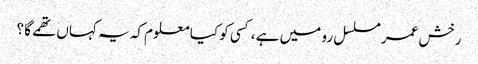
رخش عمر مسلسل رو میں ہے ،کسی کو کیا معلوم کہ یہ کہاں تھمے گا ؟